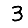
Digit: 3